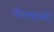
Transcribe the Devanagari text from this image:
पीतचटकी